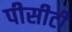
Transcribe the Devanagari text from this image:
पीसीटी